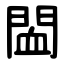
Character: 䦗